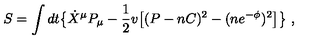
S = \int d t \big \{ \dot { X } ^ { \mu } P _ { \mu } - { \frac { 1 } { 2 } } v \big [ ( P - n C ) ^ { 2 } - ( n e ^ { - \phi } ) ^ { 2 } \big ] \big \} \ ,